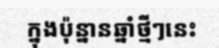
ក្នុងប៉ុន្នានឆ្នាំថ្មីៗនេះ